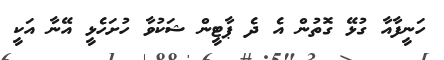
ހަނީފާއާ ގުޅޭ ގޮތުން އެ ދެ ޕާޓީން ޝަކުވާ ހުށަހެޅީ އޭނާ އަކީ